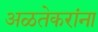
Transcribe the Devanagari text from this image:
अळतेकरांना